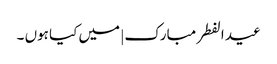
عید الفطر مبارک | میں کیا ہوں ۔